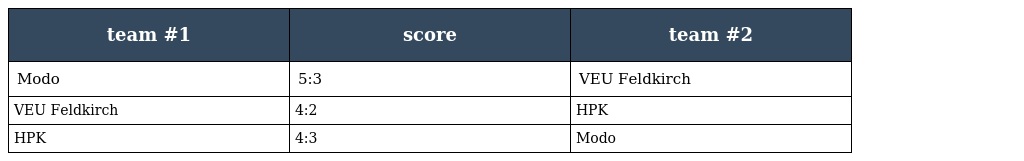
| team #1 | score | team #2 |
 | --- | --- | --- |
 | Modo | 5:3 | VEU Feldkirch |
 | VEU Feldkirch | 4:2 | HPK |
 | HPK | 4:3 | Modo |